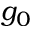
g _ { 0 }